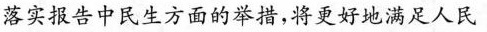
落实报告中民生方面的举措，将更好地满足人民